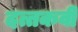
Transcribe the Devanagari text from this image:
दत्तकवी